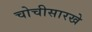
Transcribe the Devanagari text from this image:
चोचीसारखे